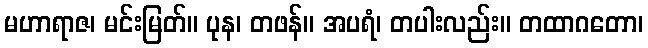
မဟာရာဇ၊ မင်းမြတ်။ ပုန၊ တဖန်။ အပရံ၊ တပါးလည်း။ တထာဂတော၊